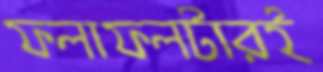
ফলাফলটারই